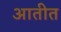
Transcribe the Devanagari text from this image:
आतीत